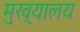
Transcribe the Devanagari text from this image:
मुख्‌यालय